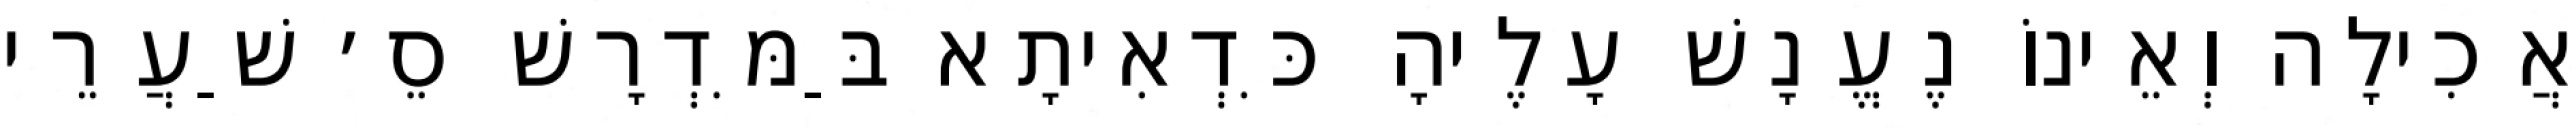
אֲכִילָה וְאֵינוֹ נֶעֱנָשׁ עָלֶיהָ כִּדְאִיתָא בַּמִּדְרָשׁ סֵ׳ שַׁעֲרֵי